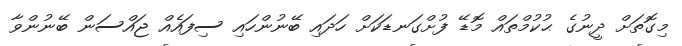
މިގޮތަށް ދީނުގެ ޙުކުމްތައް މޮޑޭ ފުށްގަނޑަކަށް ހަދައި ބޭނުންހައި ސިފައެއް ޖައްސަން ބޭނުންވާ